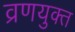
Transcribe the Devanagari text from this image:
व्रणयुक्त